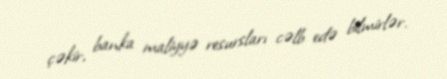
çəkir, banka maliyyə resursları cəlb edə bilmirlər.